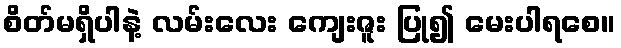
စိတ်မရှိပါနဲ့ လမ်းလေး ကျေးဇူး ပြု၍ မေးပါရစေ။